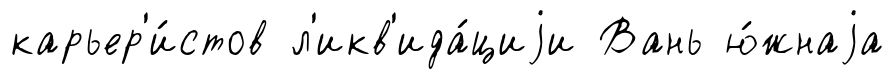
карьер'и́стов л'икв'ида́циjи Вань ю́жнаjа